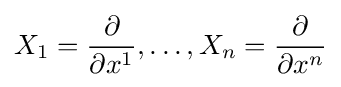
X_{1}={\frac {\partial }{\partial x^{1}}},\dots ,X_{n}={\frac {\partial }{\partial x^{n}}}